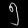
Digit: ၅